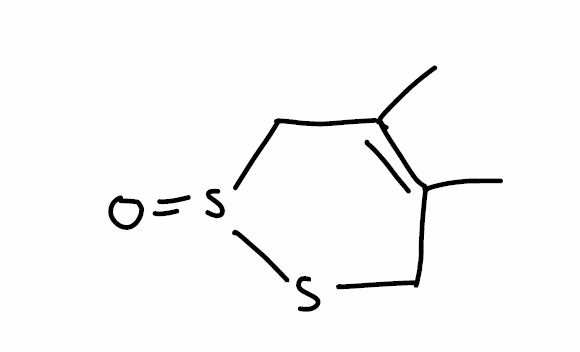
Simplified molecular-input line-entry system (SMILES) notation of the given molecule:
CC1=C(CS(=O)SC1)C